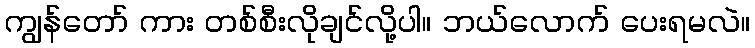
ကျွန်တော် ကား တစ်စီးလိုချင်လို့ပါ။ ဘယ်လောက် ပေးရမလဲ။